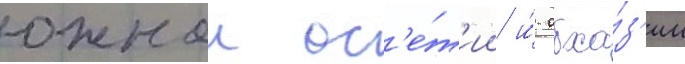
южнои ос'е́т'ии и́ абха́з'ии